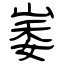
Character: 崣